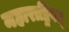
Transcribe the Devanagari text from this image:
महाराष्ट्रिवत्